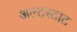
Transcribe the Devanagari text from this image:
अल्टस्टाट